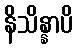
နိသိန္နာပိ